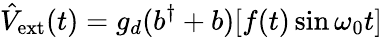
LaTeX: \hat{V}_{\mathrm{ext}}(t)=g_{d}(b^{\dagger}+b)[f(t)\sin\omega_{0}t]